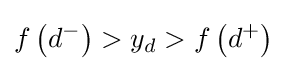
f\left(d^{-}\right)>y_{d}>f\left(d^{+}\right)